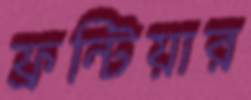
ফ্রন্টিয়ার